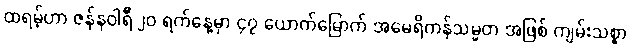
ထရမ့်ဟာ ဇန်နဝါရီ ၂၀ ရက်နေ့မှာ ၄၇ ယောက်မြောက် အမေရိကန်သမ္မတ အဖြစ် ကျမ်းသစ္စာ